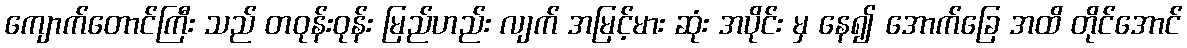
ကျောက်တောင်ကြီး သည် တဝုန်းဝုန်း မြည်ဟည်း လျက် အမြင့်မား ဆုံး အပိုင်း မှ နေ၍ အောက်ခြေ အထိ တိုင်အောင်